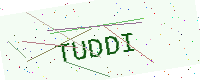
Text: TUDDI